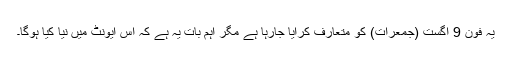
یہ فون 9 اگست (جمعرات) کو متعارف کرایا جارہا ہے مگر اہم بات یہ ہے کہ اس ایونٹ میں نیا کیا ہوگا۔